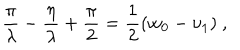
\frac { \pi } { \lambda } - \frac { \eta } { \lambda } + \frac { \pi } { 2 } = \frac { 1 } { 2 } ( w _ { 0 } - \nu _ { 1 } ) \ ,